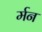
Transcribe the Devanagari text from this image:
र्मन